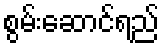
စွမ်းဆောင်ရည်